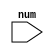
module odd_number(
  input [7:0] num
);

always @(*) // Line labeled
begin
  if (num % 2 == 1)
    $display("The number is an odd number: %d", num); // Changed to display the actual value
  else
    $display("The number is not an odd number: %d", num); // Changed to display the actual value
end

endmodule